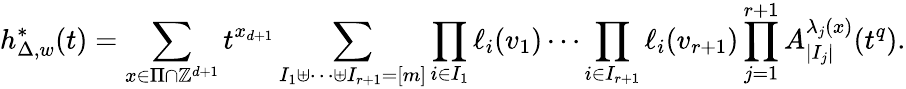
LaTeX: h_{\Delta,w}^{*}(t)=\sum_{x\in\Pi\cap\mathbb{Z}^{d+1}}t^{x_{d+1}}\sum_{\substack{I_{1}\uplus\cdots\uplus I_{r+1}=[m]}}\prod_{i\in I_{1}}\ell_{i}(v_{1})\cdots\prod_{i\in I_{r+1}}\ell_{i}(v_{r+1})\prod_{j=1}^{r+1}A_{|I_{j}|}^{\lambda_{j}(x)}(t^{q}).